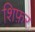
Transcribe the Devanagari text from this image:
शिफ़र